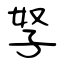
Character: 孥